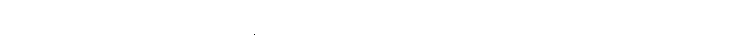
ကုသိုလ်ဖြစ်ကုန်သော။ ဓမ္မာနံဝါ၊ တရားတို့သည်လည်းကောင်း။ ဥပ္ပါဒါယ၊ ဖြစ်ခြင်းငှါ။